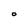
Character: O